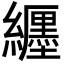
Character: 纒